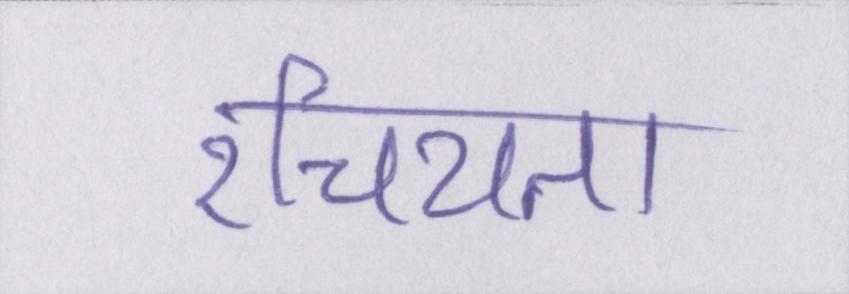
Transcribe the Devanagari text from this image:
रचियता